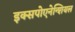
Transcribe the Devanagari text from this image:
इक्सपोएनेन्शियल